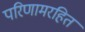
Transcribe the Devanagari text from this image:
परिणामरहित